Language: tamil
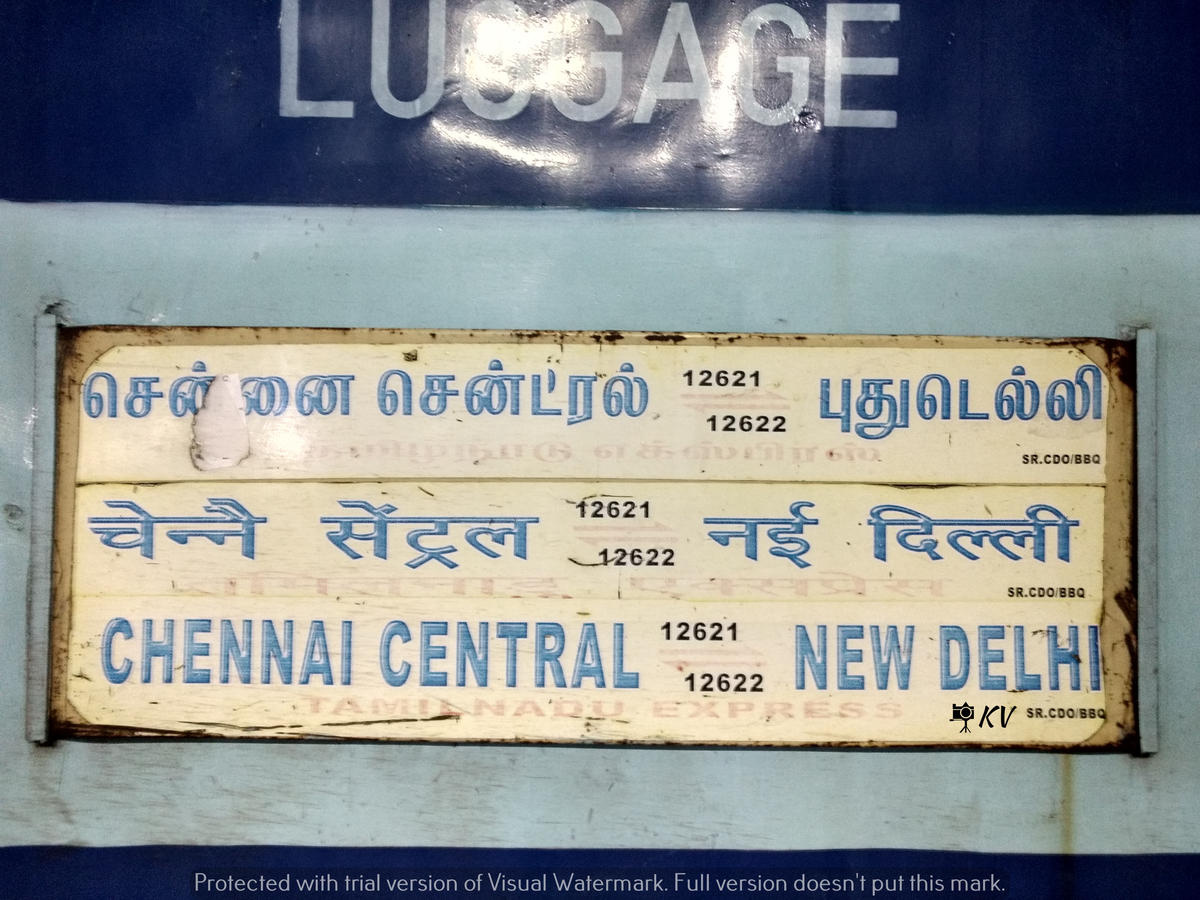
Transcription: சென்னை சென்ட்ரல் புதுடெல்லி